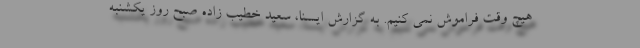
هیچ وقت فراموش نمی کنیم. به گزارش ایسنا، سعید خطیب زاده صبح روز یکشنبه